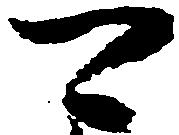
可